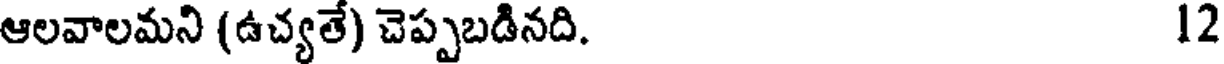
ఆలవాలమని (ఉచ్యతే) చెప్పబడినది. 12